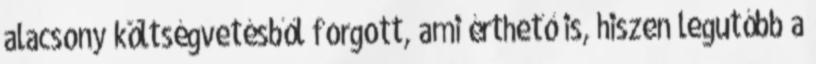
alacsony költségvetésből forgott, ami érthető is, hiszen legutóbb a